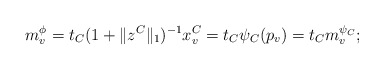
\begin{align*}m^\phi_v=t_C(1+\|z^C\|_1)^{-1}x^C_v=t_C\psi_C(p_v)=t_Cm^{\psi_C}_v;\end{align*}